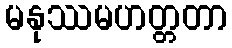
မနုဿမဟတ္တတာ